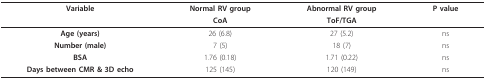
<table><thead><tr><td><b>Variable</b></td><td><b>Normal RV group</b></td><td><b>Abnormal RV group</b></td><td><b>P value</b></td></tr><tr><td></td><td><b>CoA</b></td><td><b>ToF/TGA</b></td><td></td></tr></thead><tbody><tr><td><b>Age (years)</b></td><td>26 (6.8)</td><td>27 (5.2)</td><td>ns</td></tr><tr><td><b>Number (male)</b></td><td>7 (5)</td><td>18 (7)</td><td>ns</td></tr><tr><td><b>BSA</b></td><td>1.76 (0.18)</td><td>1.71 (0.22)</td><td>ns</td></tr><tr><td><b>Days between CMR &amp; 3D echo</b></td><td>125 (145)</td><td>120 (149)</td><td>ns</td></tr></tbody></table>